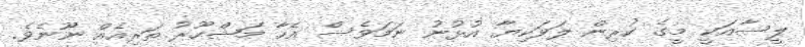
ލީސާއަކީ މީގެ ކުރިން ލަވަކިޔާ އުޅުނު ނަމަވެސް އެހާ މަޝްހޫރު ތަރިއެއް ނޫނެވެ.